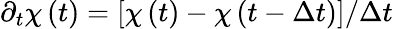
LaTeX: \partial_{t}\chi\left(t\right)=\left[\chi\left(t\right)-\chi\left(t-\Delta t\right)\right]/\Delta t